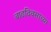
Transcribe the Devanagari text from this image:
बाढदिवसाच्या